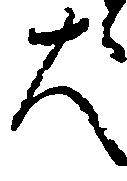
大